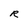
Character: R